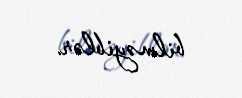
bilməyiblər.